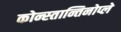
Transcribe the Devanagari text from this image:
कोन्स्तान्तिनोप्ले